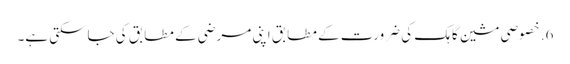
6. خصوصی مشین گاہک کی ضرورت کے مطابق اپنی مرضی کے مطابق کی جاسکتی ہے۔